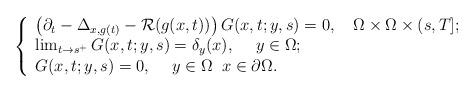
LaTeX: \begin{align*}\left\{\begin{array}{ll}\left(\partial_t-\Delta_{x,g(t)}-\mathcal{R}(g(x,t))\right)G(x,t;y,s)=0,\quad\Omega\times \Omega\times (s,T];\\\lim_{t\to s^+} G(x,t;y,s)=\delta_y(x), \quad\; y\in \Omega;\\G(x,t;y,s)=0, \quad\; y\in \Omega\; \; x\in \partial\Omega.\end{array}\right.\end{align*}